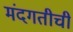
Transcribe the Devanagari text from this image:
मंदगतीची